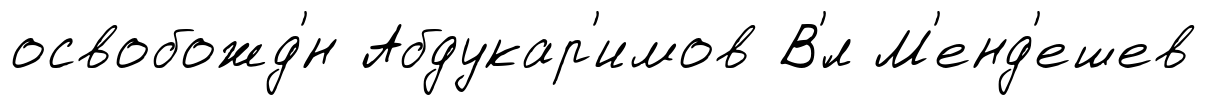
освобожд'́н Абдукар'имов В'́л М'енд'ешев